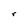
Character: r